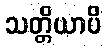
သတ္တိယာပိ